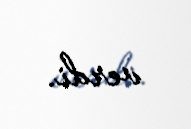
verdi.